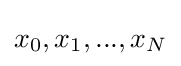
x_{0},x_{1},...,x_{N}